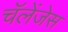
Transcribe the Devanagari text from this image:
चॅलेंजेस